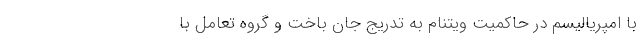
با امپریالیسم در حاکمیتِ ویتنام به تدریج جان باخت و گروه تعامل با